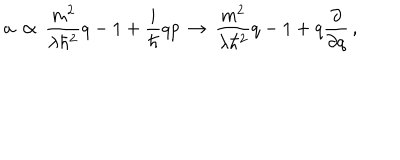
a \, \propto \, \frac { m ^ { 2 } } { \lambda \hbar ^ { 2 } } q - 1 + \frac { i } { \hbar } q p \, \rightarrow \, \frac { m ^ { 2 } } { \lambda \hbar ^ { 2 } } q - 1 + q \frac { \partial } { \partial q } \, ,